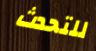
للتحدث